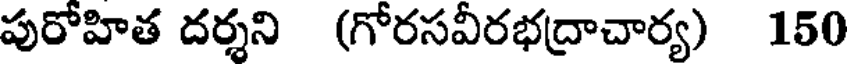
పురోహిత దర్శని (గోరసవీరభద్రాచార్య) 150